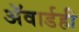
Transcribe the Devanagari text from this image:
ॲवार्डही